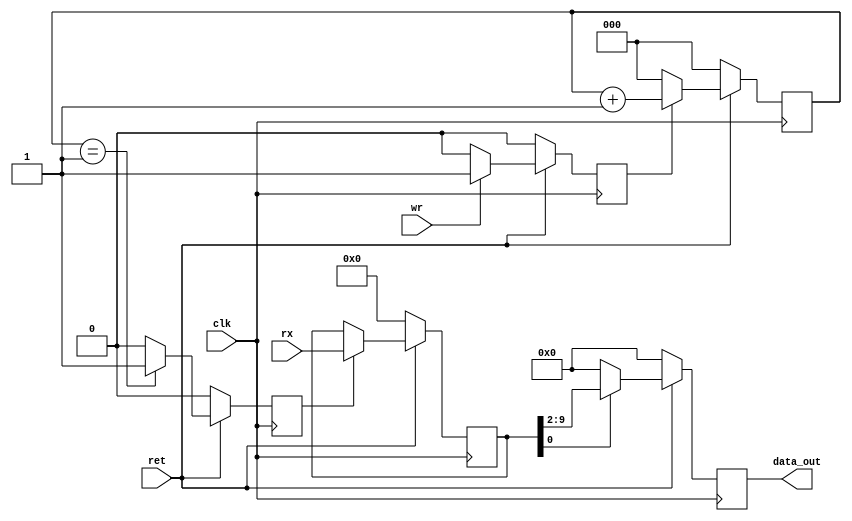
`timescale 1ns / 1ps
//////////////////////////////////////////////////////////////////////////////////
// Company: 
// Engineer: 
// 
// Design Name: 
// Module Name:    uart_rx 
// Project Name: 
// Target Devices: 
// Tool versions: 
// Description: 
//
// Dependencies: 
//
// Revision: 
// Revision 0.01 - File Created
// Additional Comments: 
//
//////////////////////////////////////////////////////////////////////////////////
module uart_rx (
input wr,clk,ret,
input [10:0]rx,
output reg [7:0]data_out);
reg rx_start,buad_clk;
reg [10:0]data_frame;
reg [2:0]count;
always@(posedge clk)
	begin
		if(ret==0)
			rx_start=0;
		else 
			if(wr==1)   //wr =1 no moi chay
				rx_start=1;  
			else
				rx_start=0;
	end
always@(posedge clk)
	begin
		if(ret==0)
			count=0;
		else 
				if(rx_start==1)
					count=count+1;
				else
					count=0;
	end
always@(posedge clk)
	begin
		if(ret==0)
			buad_clk=0;
		else
			if(count==1)
				buad_clk=1;
			else
				buad_clk=0;
	end
always@(posedge clk)
	begin
		if(ret==0)
			data_frame=11'b00000000000;
		else 
			if(buad_clk==1)
				begin
				//data_frame=0;
				data_frame=rx;
				//data_frame=data_frame>>1;
				end
			else
			data_frame=data_frame;
	end
always@(posedge clk)
	begin
		if(ret==0)
			data_out=8'b0;
		else 
			if(data_frame[0]==1)
				begin
					data_out=data_frame[9:2];
					//data_frame=11'b0;
				end
		   else
				data_out=8'b0 ;
	end
endmodule